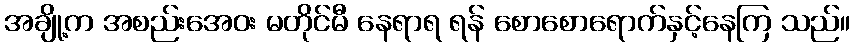
အချို့က အစည်းအေဝး မတိုင်မီ နေရာရ ရန် စောစောရောက်နှင့်နေကြ သည်။